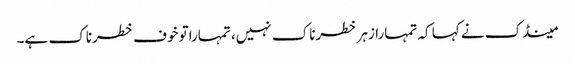
مینڈک نے کہا کہ تمہارا زہر خطرناک نہیں، تمہاراتو خوف خطرناک ہے۔